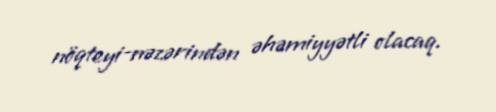
nöqteyi-nəzərindən əhəmiyyətli olacaq.